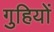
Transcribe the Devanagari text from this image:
गुहियों